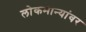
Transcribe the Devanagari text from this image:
लोकमान्यांवर